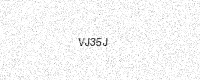
Text: VJ35J